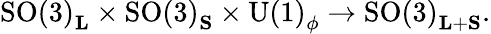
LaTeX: \mathrm{SO(3)}_{\mathbf L}\times\mathrm{SO(3)}_{\mathbf S}\times\mathrm{U(1)}_{\phi}\rightarrow\mathrm{SO(3)}_{{\mathbf L}+{\mathbf S}}.